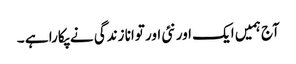
آج ہمیں ایک اور نئی اور توانا زندگی نے پکارا ہے ۔